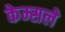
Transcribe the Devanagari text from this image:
केम्सले